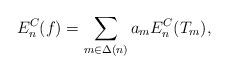
LaTeX: \begin{align*}E_n^{C}(f) = \sum_{m \in \Delta(n) } a_m E_n^{C}(T_m),\end{align*}